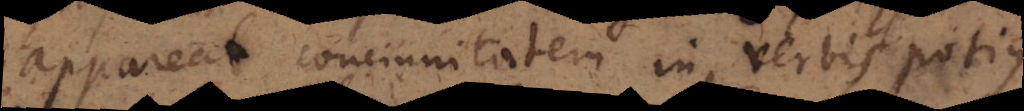
appareat concinnitatem in verbis potius